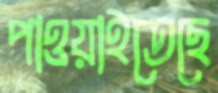
পাওয়াইতেছে